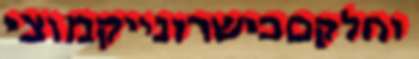
וחלקםכישרונייקמוצי